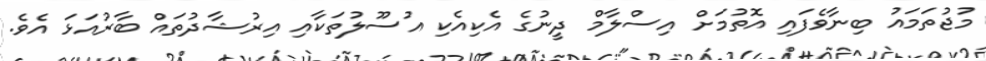
މުޖުތަމައު ބިނާވެފައި އޮތުމަށް އިސްލާމް ދީނުގެ އެކިއެކި އުސޫލުތަކާއި އިރުޝާދުތައް ބާރުއަޅަ އެވެ.